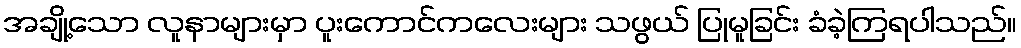
အချို့သော လူနာများမှာ ပူးကောင်ကလေးများ သဖွယ် ပြုမူခြင်း ခံခဲ့ကြရပါသည်။